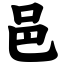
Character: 邑